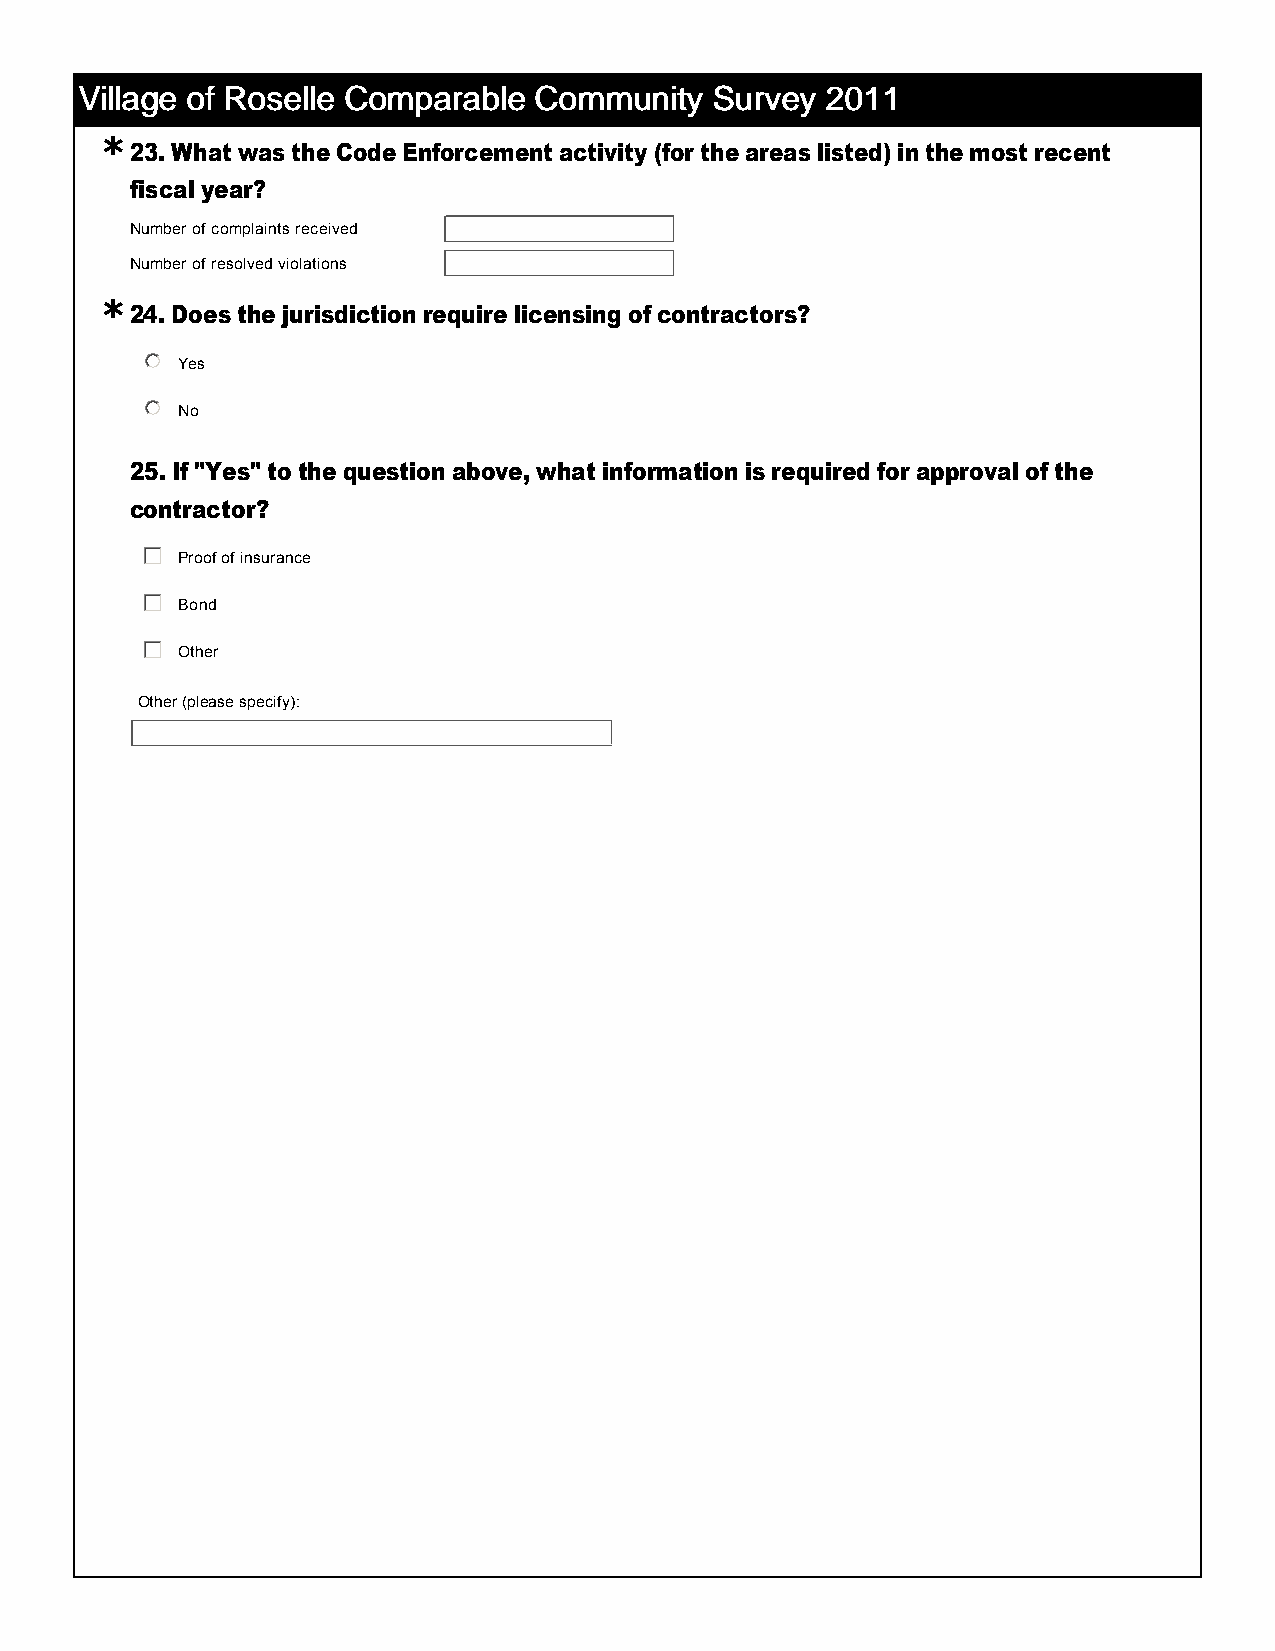
VVVViiiillllllllaaaaggggeeee ooooffff RRRRoooosssseeeelllllllleeee CCCCoooommmmppppaaaarrrraaaabbbblllleeee CCCCoooommmmmmmmuuuunnnniiiittttyyyy SSSSuuuurrrrvvvveeeeyyyy 2222000011111111
 *
 23. What was the Code Enforcement activity (for the areas listed) in the most recent
 fiscal year?
 Number of complaints received
 Number of resolved violations
 *
 24. Does the jurisdiction require licensing of contractors?
 nmlkj Yes
 nmlkj No
 25. If "Yes" to the question above, what information is required for approval of the
 contractor?
 gfedc Proof of insurance
 gfedc Bond
 gfedc Other
 Other (please specify):